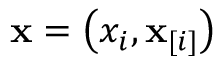
\mathbf { x } = \left( x _ { i } , \mathbf { x } _ { [ i ] } \right)